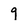
Character: 9